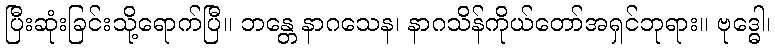
ပြီးဆုံးခြင်းသို့ရောက်ပြီ။ ဘန္တေ နာဂသေန၊ နာဂသိန်ကိုယ်တော်အရှင်ဘုရား။ ဗုဒ္ဓေါ၊